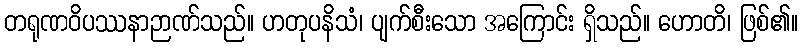
တရုဏဝိပဿနာဉာဏ်သည်။ ဟတုပနိသံ၊ ပျက်စီးသော အကြောင်း ရှိသည်။ ဟောတိ၊ ဖြစ်၏။